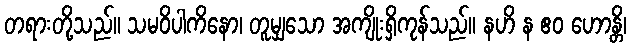
တရားတို့သည်။ သမဝိပါကိနော၊ တူမျှသော အကျိုးရှိကုန်သည်။ နဟိ န ဧဝ ဟောန္တိ၊